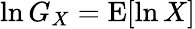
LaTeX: \ln G_{X}=\operatorname{E}[\ln X]